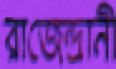
রাজেন্দ্রানী